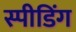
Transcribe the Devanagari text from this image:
स्‍पीडिंग